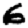
Digit: 6